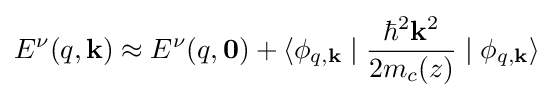
E^{\nu }(q,\mathbf {k} )\approx E^{\nu }(q,\mathbf {0} )+\langle \phi _{q,\mathbf {k} }\mid {\frac {\hbar ^{2}\mathbf {k} ^{2}}{2m_{c}(z)}}\mid \phi _{q,\mathbf {k} }\rangle